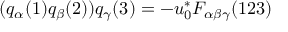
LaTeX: ( q _ { \alpha } ( 1 ) q _ { \beta } ( 2 ) ) q _ { \gamma } ( 3 ) = - u _ { 0 } ^ { * } F _ { \alpha \beta \gamma } ( 1 2 3 )